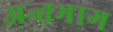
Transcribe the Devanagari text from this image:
अन्तभाग